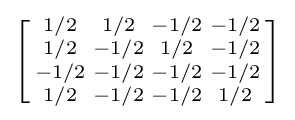
\left[{\begin{smallmatrix}1/2&1/2&-1/2&-1/2\\1/2&-1/2&1/2&-1/2\\-1/2&-1/2&-1/2&-1/2\\1/2&-1/2&-1/2&1/2\\\end{smallmatrix}}\right]